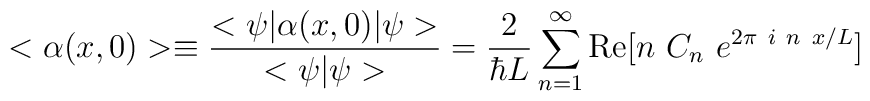
< \alpha (x,0) > \equiv {<\psi | \alpha (x,0) | \psi> \over< \psi | \psi>} = {2 \over \hbar L}\sum_{n=1}^\infty{\rm Re}[n~C_n~e^{2\pi~i~n~x/L}]